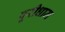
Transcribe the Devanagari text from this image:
पूरीधाम